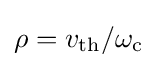
\rho =v_{\text{th}}/\omega _{\text{c}}